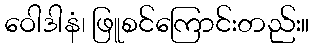
ဝေါဒါနံ၊ ဖြူစင်ကြောင်းတည်း။